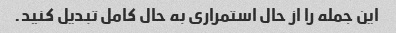
این جمله را از حال استمراری به حال کامل تبدیل کنید.